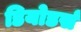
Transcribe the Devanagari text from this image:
डियोडर्स